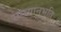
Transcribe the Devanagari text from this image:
समयानुभूति